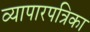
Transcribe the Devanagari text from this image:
व्यापारपत्रिका